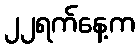
၂၂ရက်နေ့က